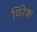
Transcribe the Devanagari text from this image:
थिरेक